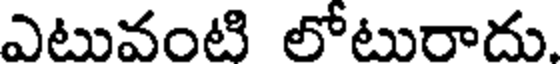
ఎటువంటి లోటురాదు.